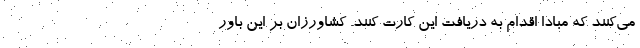
می‌کنند که مبادا اقدام به دریافت این کارت کنند. کشاورزان بر این باور